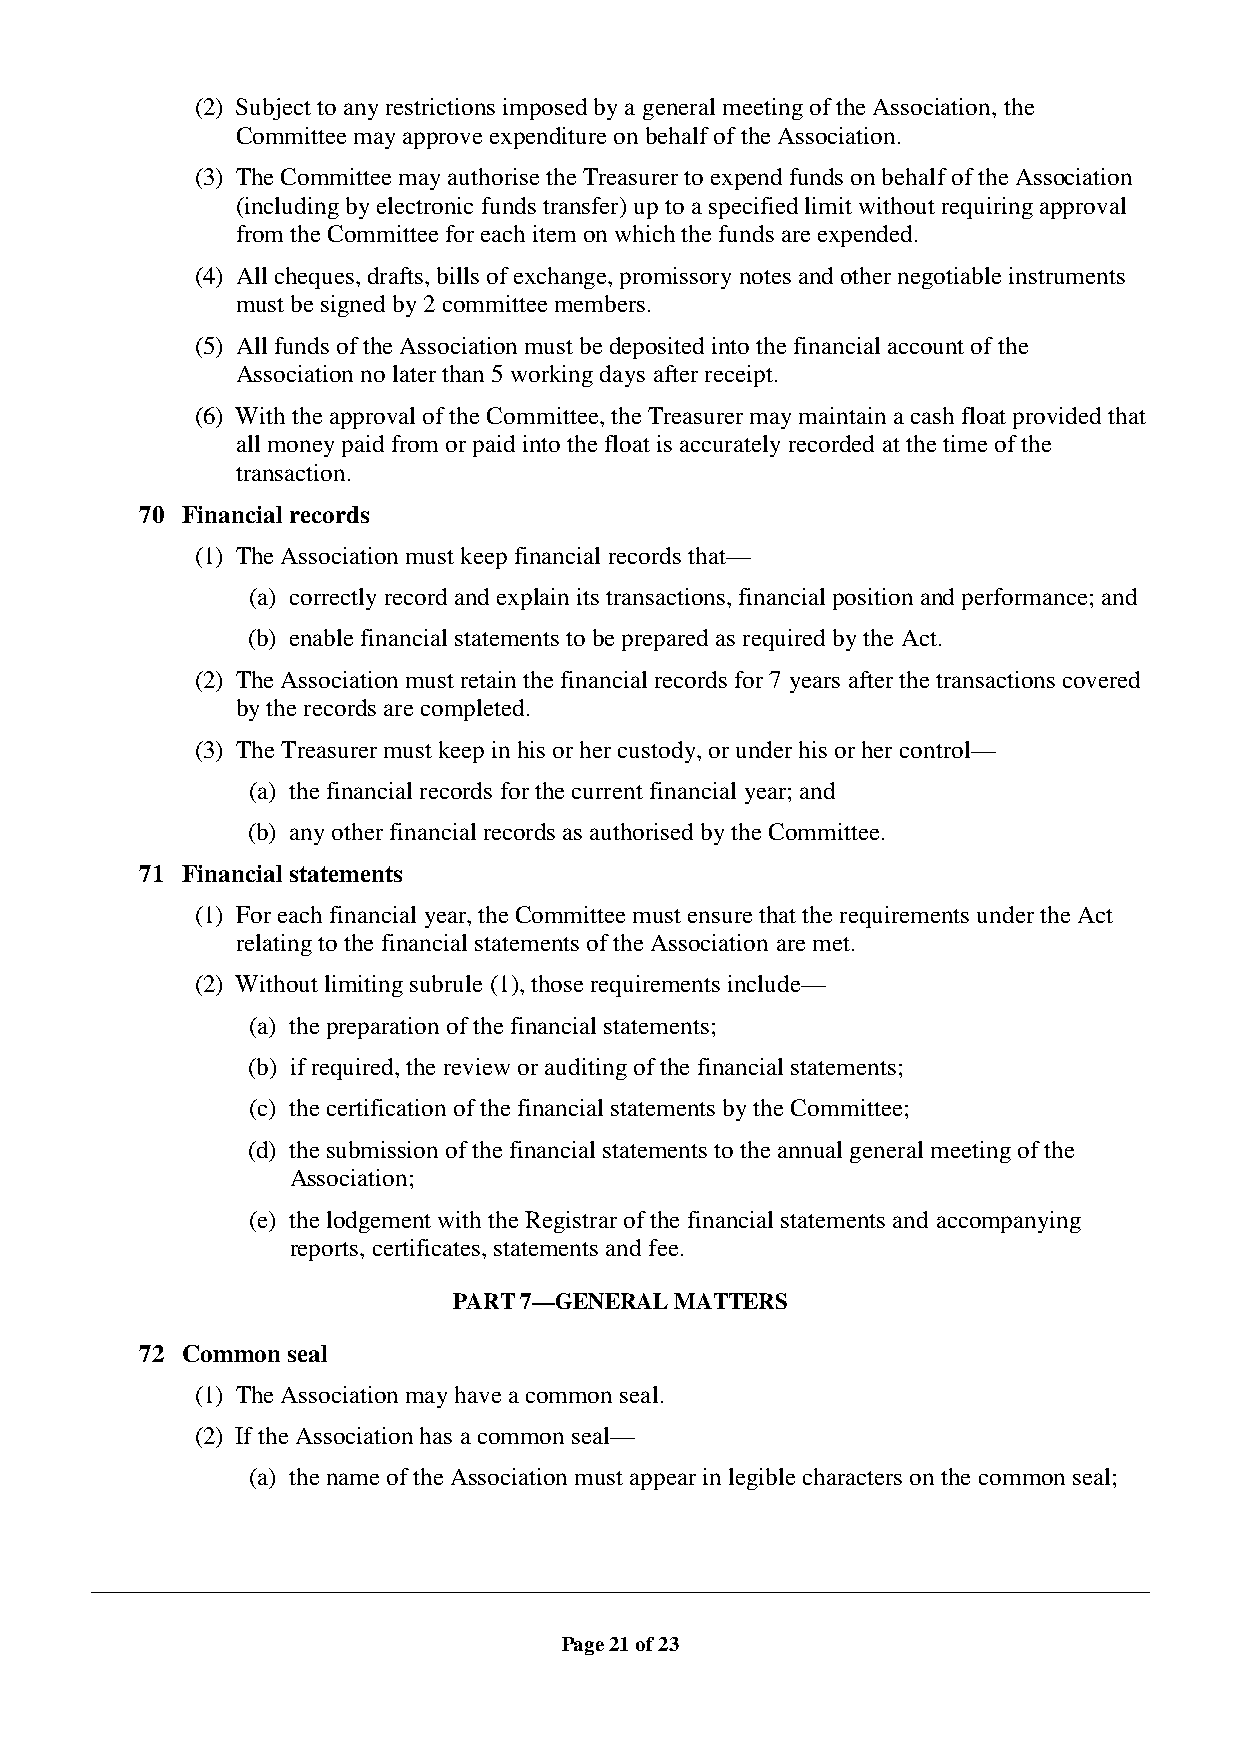
(2) Subject to any restrictions imposed by a general meeting of the Association, the
 Committee may approve expenditure on behalf of the Association.
 (3) The Committee may authorise the Treasurer to expend funds on behalf of the Association
 (including by electronic funds transfer) up to a specified limit without requiring approval
 from the Committee for each item on which the funds are expended.
 (4) All cheques, drafts, bills of exchange, promissory notes and other negotiable instruments
 must be signed by 2 committee members.
 (5) All funds of the Association must be deposited into the financial account of the
 Association no later than 5 working days after receipt.
 (6) With the approval of the Committee, the Treasurer may maintain a cash float provided that
 all money paid from or paid into the float is accurately recorded at the time of the
 transaction.
 70 Financial records
 (1) The Association must keep financial records that—
 (a) correctly record and explain its transactions, financial position and performance; and
 (b) enable financial statements to be prepared as required by the Act.
 (2) The Association must retain the financial records for 7 years after the transactions covered
 by the records are completed.
 (3) The Treasurer must keep in his or her custody, or under his or her control—
 (a) the financial records for the current financial year; and
 (b) any other financial records as authorised by the Committee.
 71 Financial statements
 (1) For each financial year, the Committee must ensure that the requirements under the Act
 relating to the financial statements of the Association are met.
 (2) Without limiting subrule (1), those requirements include—
 (a) the preparation of the financial statements;
 (b) if required, the review or auditing of the financial statements;
 (c) the certification of the financial statements by the Committee;
 (d) the submission of the financial statements to the annual general meeting of the
 Association;
 (e) the lodgement with the Registrar of the financial statements and accompanying
 reports, certificates, statements and fee.
 PART 7—GENERAL MATTERS
 72 Common seal
 (1) The Association may have a common seal.
 (2) If the Association has a common seal—
 (a) the name of the Association must appear in legible characters on the common seal;
 Page 21 of 23